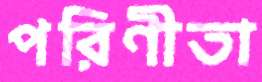
পরিণীতা